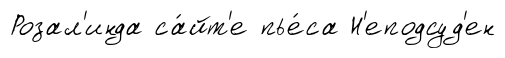
Розал'инда са́йт'е пье́са Н'еподсуд'ен